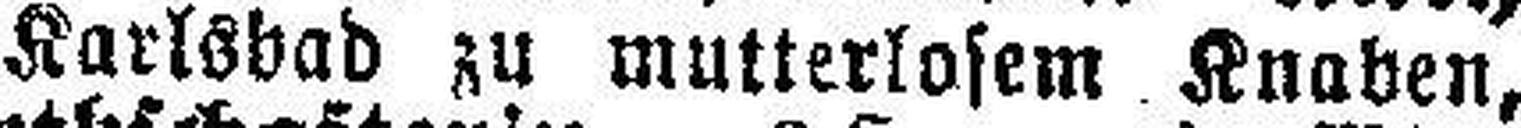
Karlsbad zu mutterlosem Knaben,